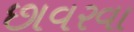
છાવરવા